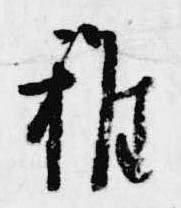
雑